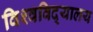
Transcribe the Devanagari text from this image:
विश्‍वविद्‍यालय